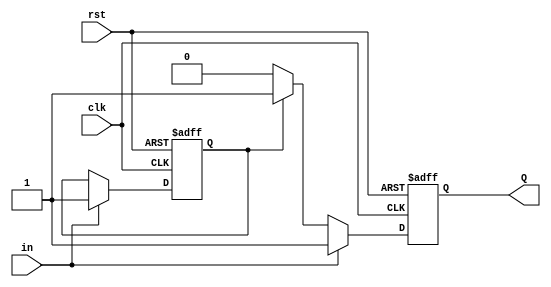
`timescale 1ns / 1ps
//////////////////////////////////////////////////////////////////////////////////
// Company: 
// Engineer: 
// 
// Design Name: 
// Module Name: Interrupt_flag
// Project Name: 
// Target Devices: 
// Tool Versions: 
// Description: 
// 
// Dependencies: 
// 
// Revision:
// Revision 0.01 - File Created
// Additional Comments:
// 
//////////////////////////////////////////////////////////////////////////////////


module Interrupt_flag(
    input clk,rst,in,
    output reg Q
    );
    
    reg flag;
    
    always @ (posedge clk or posedge rst)
    begin
        if (rst)
        begin
            Q<=0;
            flag<=0;
        end
        else 
        begin
            if (in)
            begin
                flag<=1;
                Q<=1;
            end
            else
            begin
                if (flag==1)
                begin
                    Q<=1;
                end
                else
                begin
                    Q<=0;
                end
            end
        end
    end
endmodule